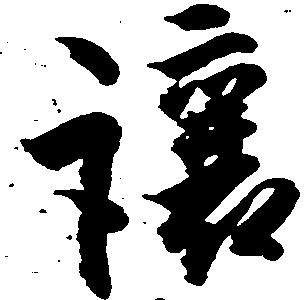
譲